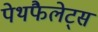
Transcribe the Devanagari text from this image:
पेथफैलेट्स